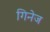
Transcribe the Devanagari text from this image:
गिनेज